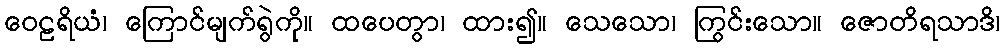
ဝေဠရိယံ၊ ကြောင်မျက်ရွဲကို။ ထပေတွာ၊ ထား၍။ သေသော၊ ကြွင်းသော။ ဇောတိရသာဒိ၊